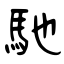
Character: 馳